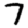
Digit: 7